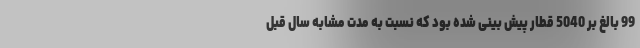
99 بالغ بر 5040 قطار پیش بینی شده بود که نسبت به مدت مشابه سال قبل